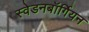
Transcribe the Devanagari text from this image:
स्वेडनबॉर्गियन